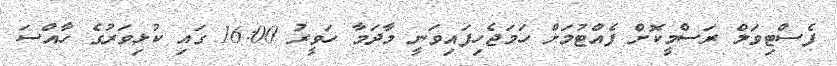
ފެސްޓިވަލް ރަސްމީކޮށް ފެއްޓުމަށް ހަމަޖެހިފައިވަނީ މާދަމާ ހަވީރު 16:00 ގައި ކުޅިވަރުގެ ހާއްސަ